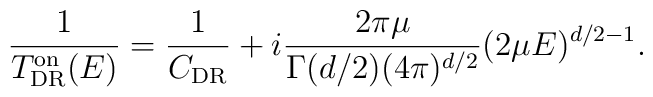
\frac{1}{T^{\rm on}_{\rm DR}(E)}={\frac{1}{C_{\rm DR}} + i \frac{2 \pi \mu} {\Gamma(d/2) (4 \pi)^{d/2}} (2 \mu E)^{d/2 - 1}}.